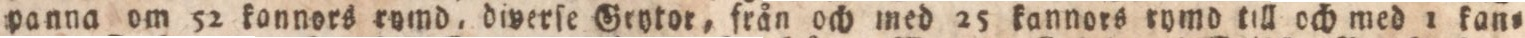
panna om 52 konnors rymd, diyerſe Grytor, från och med 25 kannors rymd till och med 1 fan=